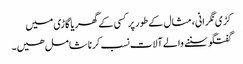
کڑی نگرانی، مثال کے طور پر کسی کے گھر یا گاڑی میں
گفتگو سننے والے آلات نسب کرنا شامل ھیں۔